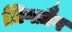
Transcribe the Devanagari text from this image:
ज़िगज़ैग